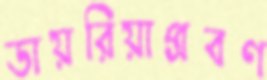
ডায়রিয়াপ্রবণ